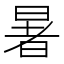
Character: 暑